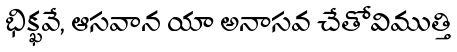
భిక్ఖవే, ఆసవాన యా అనాసవ చేతోవిముత్తి